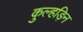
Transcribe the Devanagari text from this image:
कुल्‍हड़िन